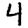
Digit: 4